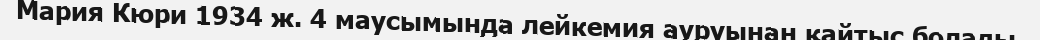
Мария Кюри 1934 ж. 4 маусымында лейкемия ауруынан қайтыс болады.